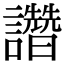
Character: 𧮂